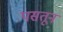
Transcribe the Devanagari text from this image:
पसतून